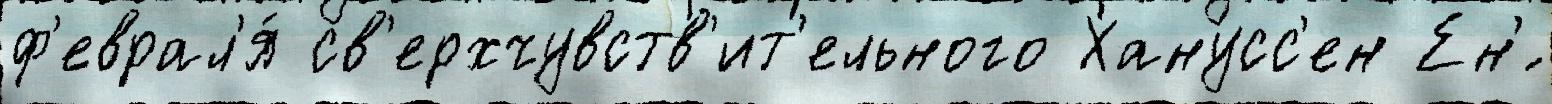
ф'еврал'я́ св'ерхчувств'ит'ельного Ханусс'ен Ен'́